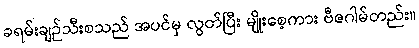
ခရမ်းချဉ်သီးစသည် အပင်မှ လွတ်ပြီး မျိုးစေ့ကား ဗီဇဂါမ်တည်း။